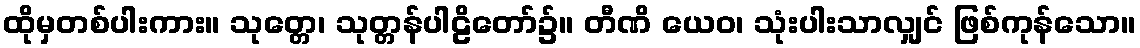
ထိုမှတစ်ပါးကား။ သုတ္တေ၊ သုတ္တန်ပါဠိတော်၌။ တီဏိ ယေဝ၊ သုံးပါးသာလျှင် ဖြစ်ကုန်သော။